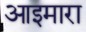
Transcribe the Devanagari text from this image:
आइमारा